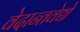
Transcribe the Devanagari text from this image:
वेदान्तवेद्यो